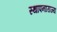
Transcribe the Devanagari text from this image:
स्थापनाराज्य